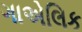
ગાએલિક